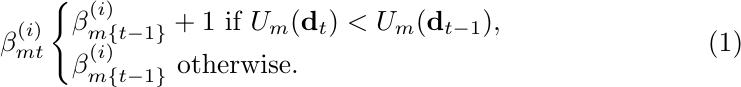
    \begin{equation}\label{eq:learn_b}
        \beta^{(i)}_{mt}
            \begin{cases}
                \beta^{(i)}_{m\{t-1\}}+1 \textrm{ if } U_m(\mathbf{d}_{t}) < U_m(\mathbf{d}_{t-1}),\\
                \beta^{(i)}_{m\{t-1\}} \textrm{ otherwise.}
            \end{cases}
    \end{equation}